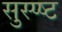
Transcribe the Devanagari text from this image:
सुस्प्ष्ट